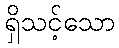
ရှိသင့်သော